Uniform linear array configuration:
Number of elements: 4
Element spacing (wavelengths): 0.75
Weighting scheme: hann
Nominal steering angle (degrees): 15
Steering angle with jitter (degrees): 15.073
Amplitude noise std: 0.05
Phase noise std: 0.05

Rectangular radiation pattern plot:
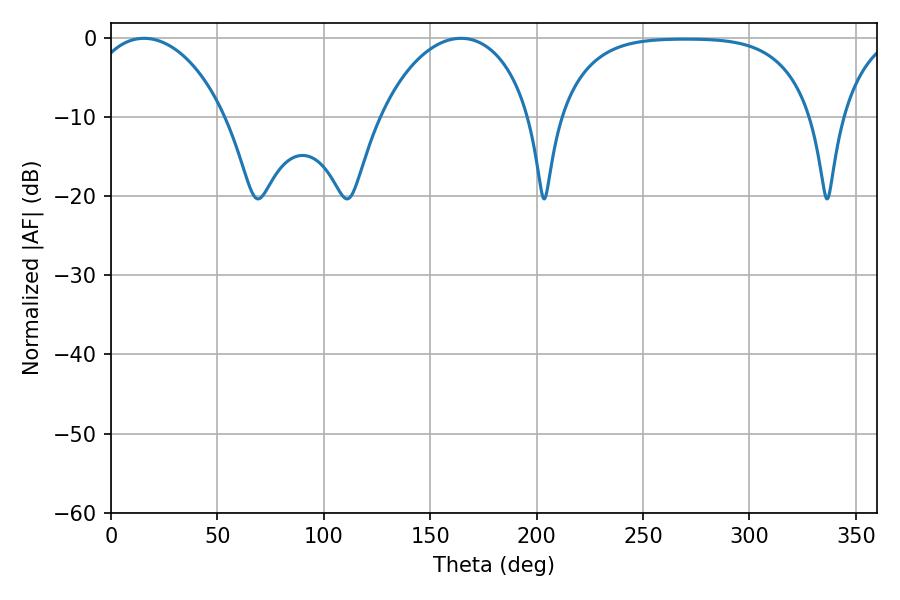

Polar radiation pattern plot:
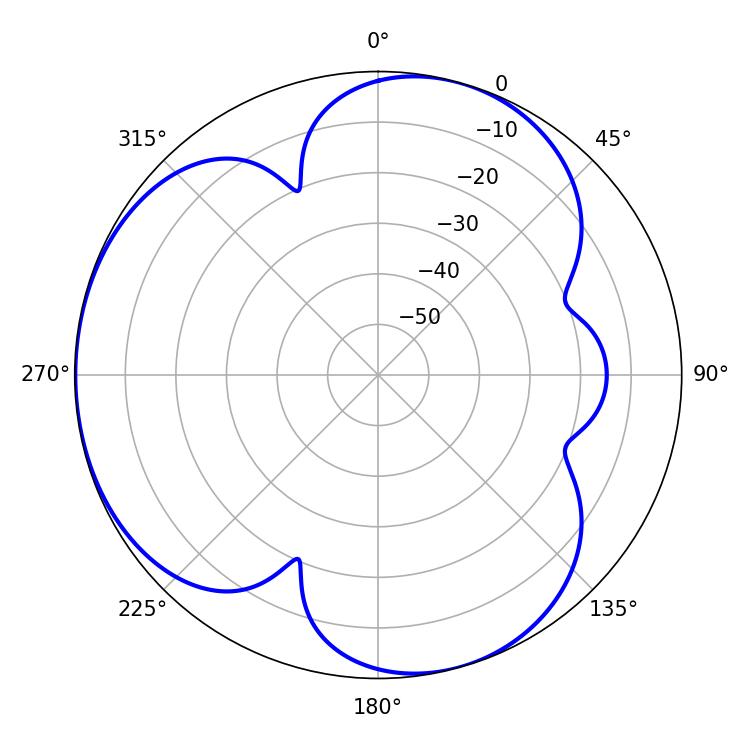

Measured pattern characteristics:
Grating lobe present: TRUE
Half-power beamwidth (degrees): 36.9
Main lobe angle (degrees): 15.48